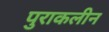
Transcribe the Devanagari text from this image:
पुराकलीन